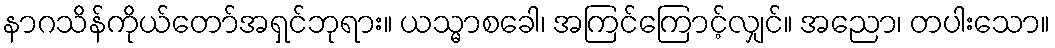
နာဂသိန်ကိုယ်တော်အရှင်ဘုရား။ ယသ္မာစခေါ၊ အကြင်ကြောင့်လျှင်။ အညော၊ တပါးသော။